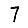
Digit: 7